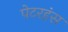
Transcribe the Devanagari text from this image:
पेटरहंस